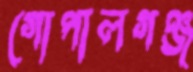
গোপালগঞ্জ